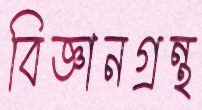
বিজ্ঞানগ্রন্থ